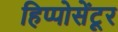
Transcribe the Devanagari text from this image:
हिप्पोसेंटूर